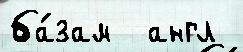
ба́зам  англ